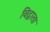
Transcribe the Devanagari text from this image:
विद्वाता